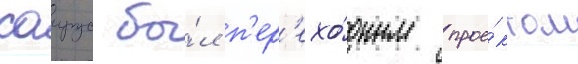
саирус бы́л п'ер'ехо́дным прое́ктом